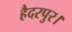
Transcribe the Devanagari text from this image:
हैदरपुर।